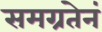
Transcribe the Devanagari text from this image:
समग्रतेनं